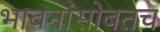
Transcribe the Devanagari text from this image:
भावनांसोबतच